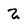
Character: 2